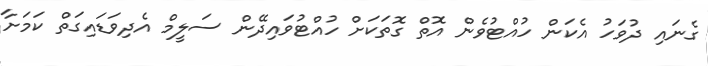
ގެނައި ދުވަހު އެކަން ހުއްޓުވެން އޮތް ގޮތަކަށް ހުއްޓުވައިދޭން ސަލީމް އެދިވަޑައިގަތް ކަމަށާ